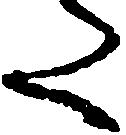
た